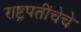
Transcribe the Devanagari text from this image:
राष्ट्रपतींचेचे